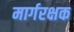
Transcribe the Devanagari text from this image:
मार्गरक्षक